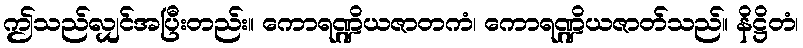
ဤသည်လျှင်အပြီးတည်း။ ကောရဏ္ဍိယဇာတကံ၊ ကောရဏ္ဍိယဇာတ်သည်။ နိဋ္ဌိတံ၊